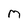
Character: m